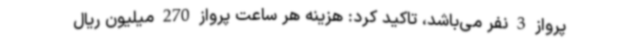
پرواز 3 نفر می‌باشد، تاکید کرد: هزینه هر ساعت پرواز 270 میلیون ریال